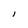
Character: I